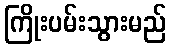
ကြိုးပမ်းသွားမည်